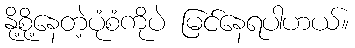
နို့စို့နေတဲ့ပုံစံကိုပဲ မြင်နေရပါဟယ်။